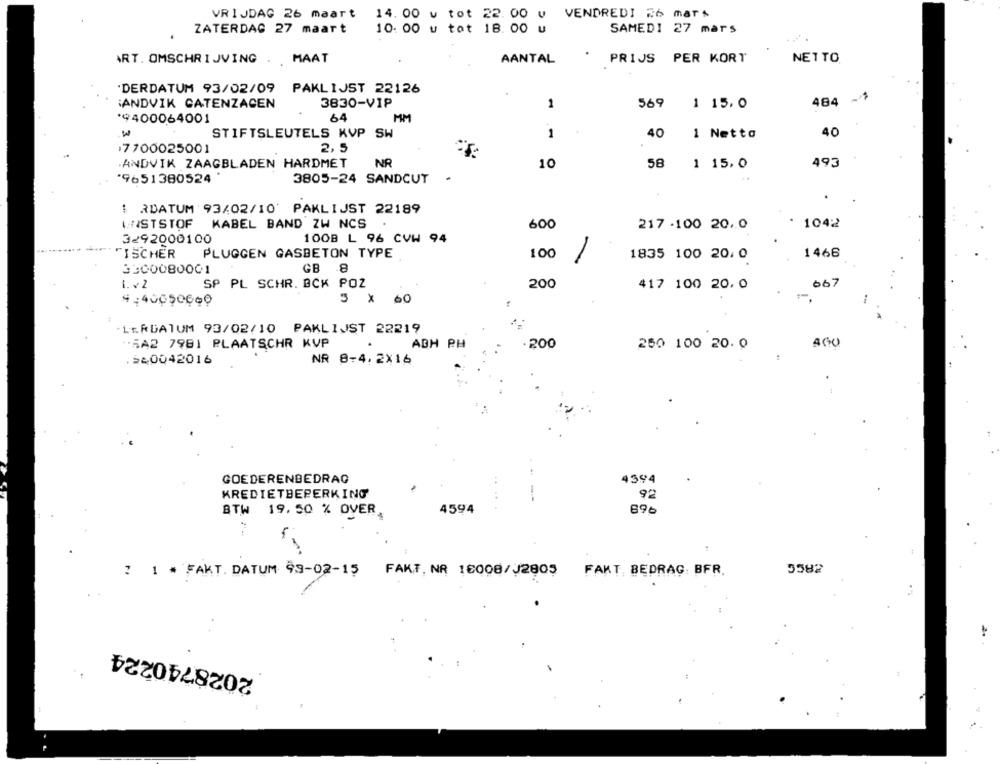
VRIJDAG 26 maart
14.00 v tot 22.00 v VENDREDI 26 mars
ZATERDAG 27 maart
10: 00 u tot 18. 00 u
SAMEDI 27 mars
ART. OMSCHRIJVING ..
MAAT
AANTAL
PRIJS PER KORT
NETTO
·DERDATUM 93/02/09
PAKLIJST 22126
484 -1
:ANDVIK CATENZACEN
3830-VIP
1
569
1 15.0
*9400064001
64
MM
STIFTSLEUTELS KVP SW
1
40
1 Netto
40
7700025001
2,5
ANDVIK ZAAGBLADEN HARDMET
NR
10
58
1 15,0
493
'9651380524
3805-24 SANDCUT
$ RDATUM 93/02/10' PAKLIJST 22189
INSTSTOF
KABEL BAND ZW NCS
600
217 -100 20.0
1042
3292000100
100B L 96 CVW 94
TISCHER
PLUGGEN GASBETON TYPE
100
1835 100 20: 0
1466
3300080001
GB 8
1. ¥2
SP PL SCHR. BCK POZ
200
417 100 20. 0
667
3 × 60
4,40050000
-LERDATUM 93/02/10 PAKLIJST 22219
"SA2 7981 PLAATSCHR KVP
ADH PH
.200
AGO
250 100 20. 0
.>20042016
NR 8-4, 2X16
GOEDERENBEDRAG
4594
KREDIETBEPERKING
92
BTW 19.50 % OVER.
4594
696
ZRCG
: 1 · FAKT. DATUM 99-02-15
FAKT. NR 16008/J2805
FAKT, BEDRAG: BFR.
2028740224
1